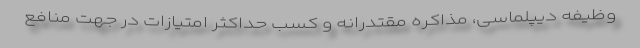
وظیفه دیپلماسی، مذاکره مقتدرانه و کسب حداکثر امتیازات در جهت منافع